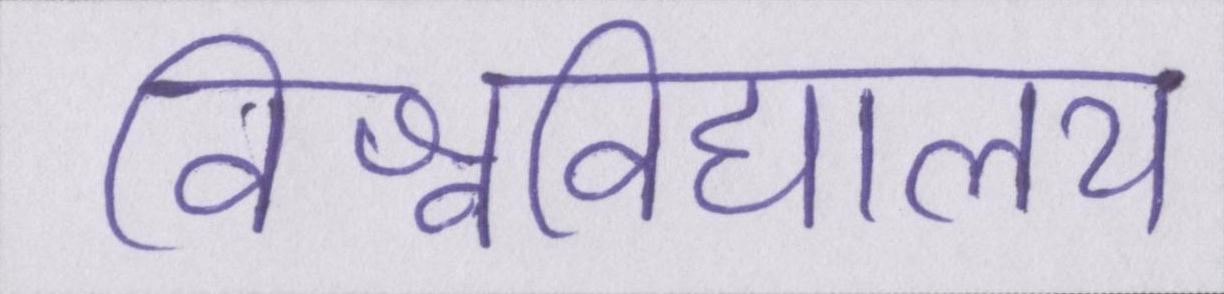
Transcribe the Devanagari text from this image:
विश्वविद्यालय